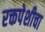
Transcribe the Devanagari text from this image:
रक्तपेशीचा